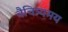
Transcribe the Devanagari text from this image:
वैचित्र्यमय